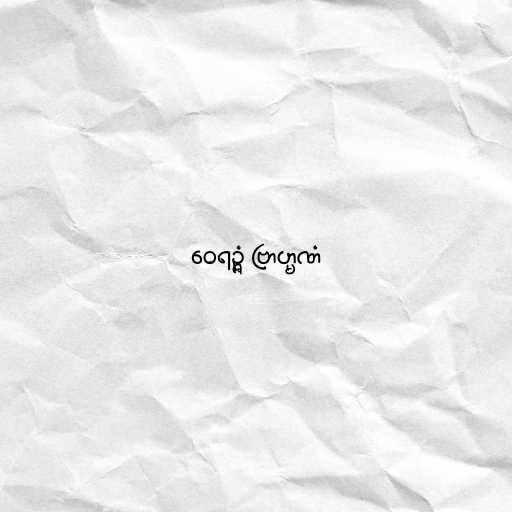
ဝေရဉ္ဇံ ဗြာဟ္မဏံ